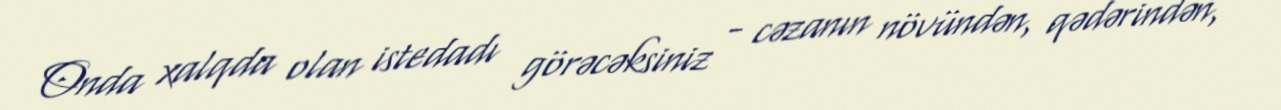
Onda xalqda olan istedadı görəcəksiniz - cəzanın növündən, qədərindən,